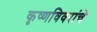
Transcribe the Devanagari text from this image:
कृष्णविवरांचे